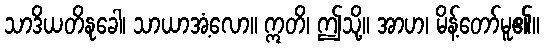
သာဒိယတိနုခေါ၊ သာယာအံ့လော။ ဣတိ၊ ဤသို့။ အာဟ၊ မိန့်တော်မူ၏။